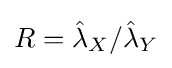
R={\hat {\lambda }}_{X}/{\hat {\lambda }}_{Y}